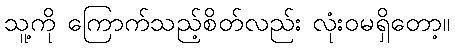
သူ့ကို ကြောက်သည့်စိတ်လည်း လုံးဝမရှိတော့။